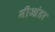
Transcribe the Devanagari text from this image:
मीआंतर